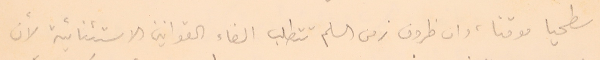
سطحيا موقتا، وان ظروف زمن السلم تتطلب الغاء القوانين الاستثنائية لأن